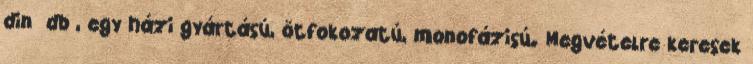
din db , egy házi gyártású, ötfokozatú, monofázisú. Megvételre keresek